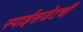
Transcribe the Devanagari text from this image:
स्पाईसजेटची